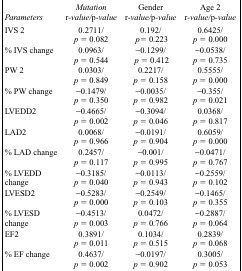
| Parameters | Mutation r-value/p-value | Gender r-value/p-value | Age 2 r-value/p-value |
 | --- | --- | --- | --- |
 | IVS 2 | 0.2711/p = 0.082 | 0.192/p = 0.223 | 0.6425/p = 0.000 |
 | % IVS change | 0.0963/p = 0.544 | −0.1299/p = 0.412 | −0.0538/p = 0.735 |
 | PW 2 | 0.0303/p = 0.849 | 0.2217/p = 0.158 | 0.5555/p = 0.000 |
 | % PW change | −0.1479/p = 0.350 | −0.0035/p = 0.982 | −0.355/p = 0.021 |
 | LVEDD2 | −0.4665/p = 0.002 | −0.3094/p = 0.046 | 0.0368/p = 0.817 |
 | LAD2 | 0.0068/p = 0.966 | −0.0191/p = 0.904 | 0.6059/p = 0.000 |
 | % LAD change | 0.2457/p = 0.117 | −0.001/p = 0.995 | −0.0471/p = 0.767 |
 | % LVEDD change | −0.3185/p = 0.040 | −0.0113/p = 0.943 | −0.2559/p = 0.102 |
 | LVESD2 | −0.5283/p = 0.000 | −0.2549/p = 0.103 | −0.1465/p = 0.355 |
 | % LVESD change | −0.4513/p = 0.003 | 0.0472/p = 0.766 | −0.2887/p = 0.064 |
 | EF2 | 0.3891/p = 0.011 | 0.1034/p = 0.515 | 0.2839/p = 0.068 |
 | % EF change | 0.4637/p = 0.002 | −0.0197/p = 0.902 | 0.3005/p = 0.053 |